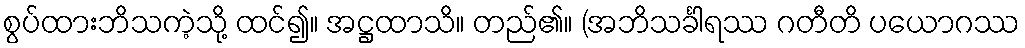
စွပ်ထားဘိသကဲ့သို့ ထင်၍။ အဋ္ဌထာသိ။ တည်၏။ (အဘိသင်္ခါရဿ ဂတီတိ ပယောဂဿ